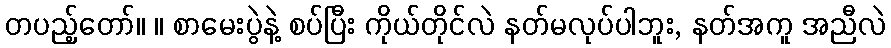
တပည့်တော်။ ။ စာမေးပွဲနဲ့ စပ်ပြီး ကိုယ်တိုင်လဲ နတ်မလုပ်ပါဘူး, နတ်အကူ အညီလဲ